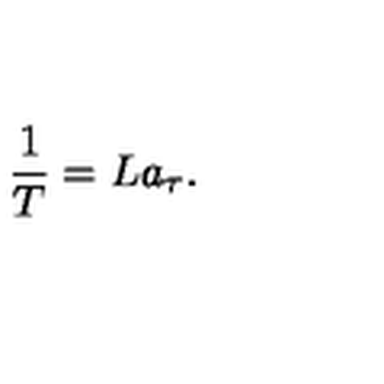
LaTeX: { \frac { 1 } { T } } = L a _ { \tau } .